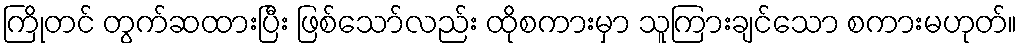
ကြိုတင် တွက်ဆထားပြီး ဖြစ်သော်လည်း ထိုစကားမှာ သူကြားချင်သော စကားမဟုတ်။